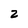
Character: 2